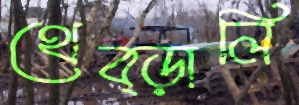
থেব্‌ড়ালি